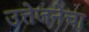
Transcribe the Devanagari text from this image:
उत्तेजनेचा